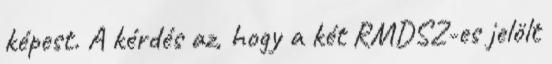
képest. A kérdés az, hogy a két RMDSZ-es jelölt